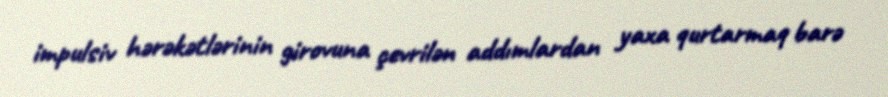
impulsiv hərəkətlərinin girovuna çevrilən addımlardan yaxa qurtarmaq barə